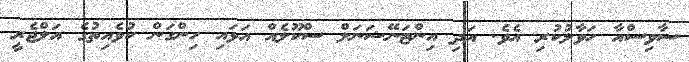
ސާވިސްއާ ހަވާލުކުރި އެވެ. އަދި އިންޓަނޭޝަނަލް ސްކޫލެއް އަޅައި ހިންގަން ކުވެއިިތުގެ އަލްޖެރީ